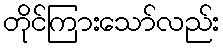
တိုင်ကြားသော်လည်း